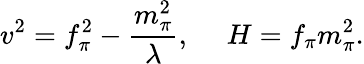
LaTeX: v^{2}=f_{\pi}^{2}-\frac{m_{\pi}^{2}}{\lambda},\ \ \ \ \ H=f_{\pi}m_{\pi}^{2}.